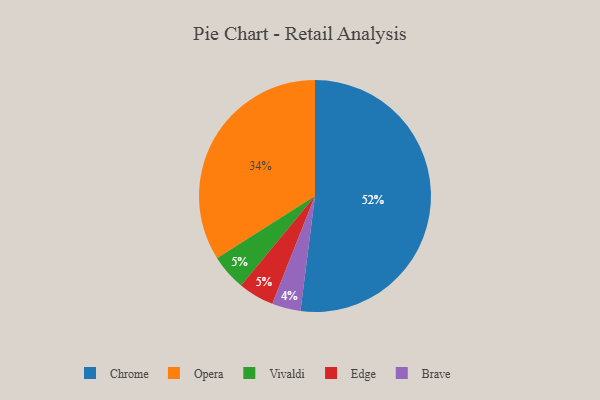
{"axis": {"x": "Category", "y": "Percentage"}, "legend": ["Brave", "Chrome", "Edge", "Opera", "Vivaldi"], "data": [{"x": "Vivaldi", "y": 5, "type": "Vivaldi"}, {"x": "Chrome", "y": 52, "type": "Chrome"}, {"x": "Opera", "y": 34, "type": "Opera"}, {"x": "Edge", "y": 5, "type": "Edge"}, {"x": "Brave", "y": 4, "type": "Brave"}]}